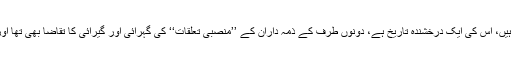
پاکستان اور سعودی عرب کے باہمی تعلقات جس خوبی سے نبھائے جاتے رہے ہیں، اس کی ایک درخشندہ تاریخ ہے، دونوں طرف کے ذمہ داران کے ’’منصبی تعلقات‘‘ کی گہرائی اور گیرائی کا تقاضا بھی تھا اور ’’ایمان محبت و عقیدت‘‘ کی ضرورت بھی کہ ’’وفود‘‘ کی آمدورفت لگی رہے۔